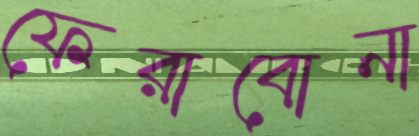
ফেরাবোনা